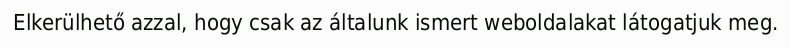
Elkerülhető azzal, hogy csak az általunk ismert weboldalakat látogatjuk meg.